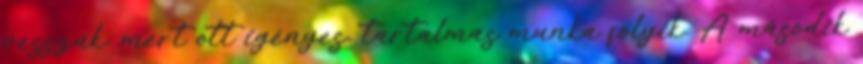
vesszük, mert ott igényes, tartalmas munka folyik. A második